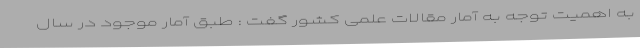
به اهمیت توجه به آمار مقالات علمی کشور گفت : طبق آمار موجود در سال